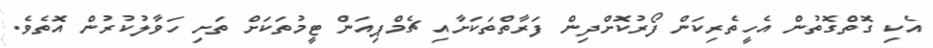
އެކި ގޮތްގޮތުން އެހީތެރިކަން ފޯރުކޮށްދިން ފަރާތްތަކަށާއި ޗެމްޕިއަން ޓީމުތަކަށް ތަށި ހަވާލުކުރުން އޮތެވެ.